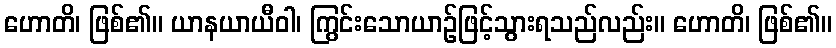
ဟောတိ၊ ဖြစ်၏။ ယာနယာယီဝါ၊ ကြွင်းသောယာဉ်ဖြင့်သွားရသည်လည်း။ ဟောတိ၊ ဖြစ်၏။